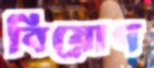
বিয়োগ